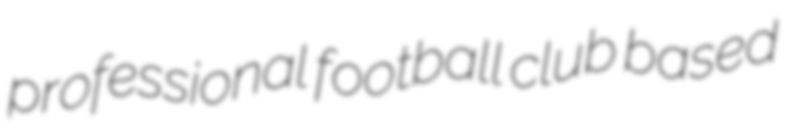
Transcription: professional football club based